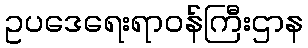
ဥပဒေရေးရာဝန်ကြီးဌာန